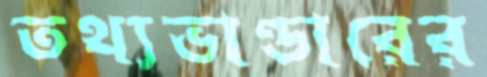
তথ্যভাণ্ডারের